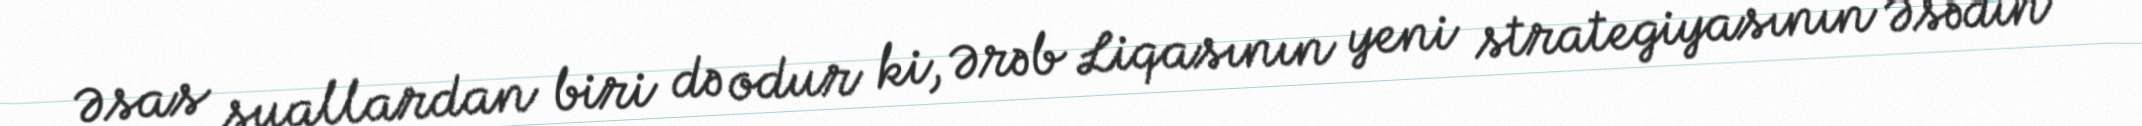
Əsas suallardan biri də odur ki, Ərəb Liqasının yeni strategiyasının Əsədin